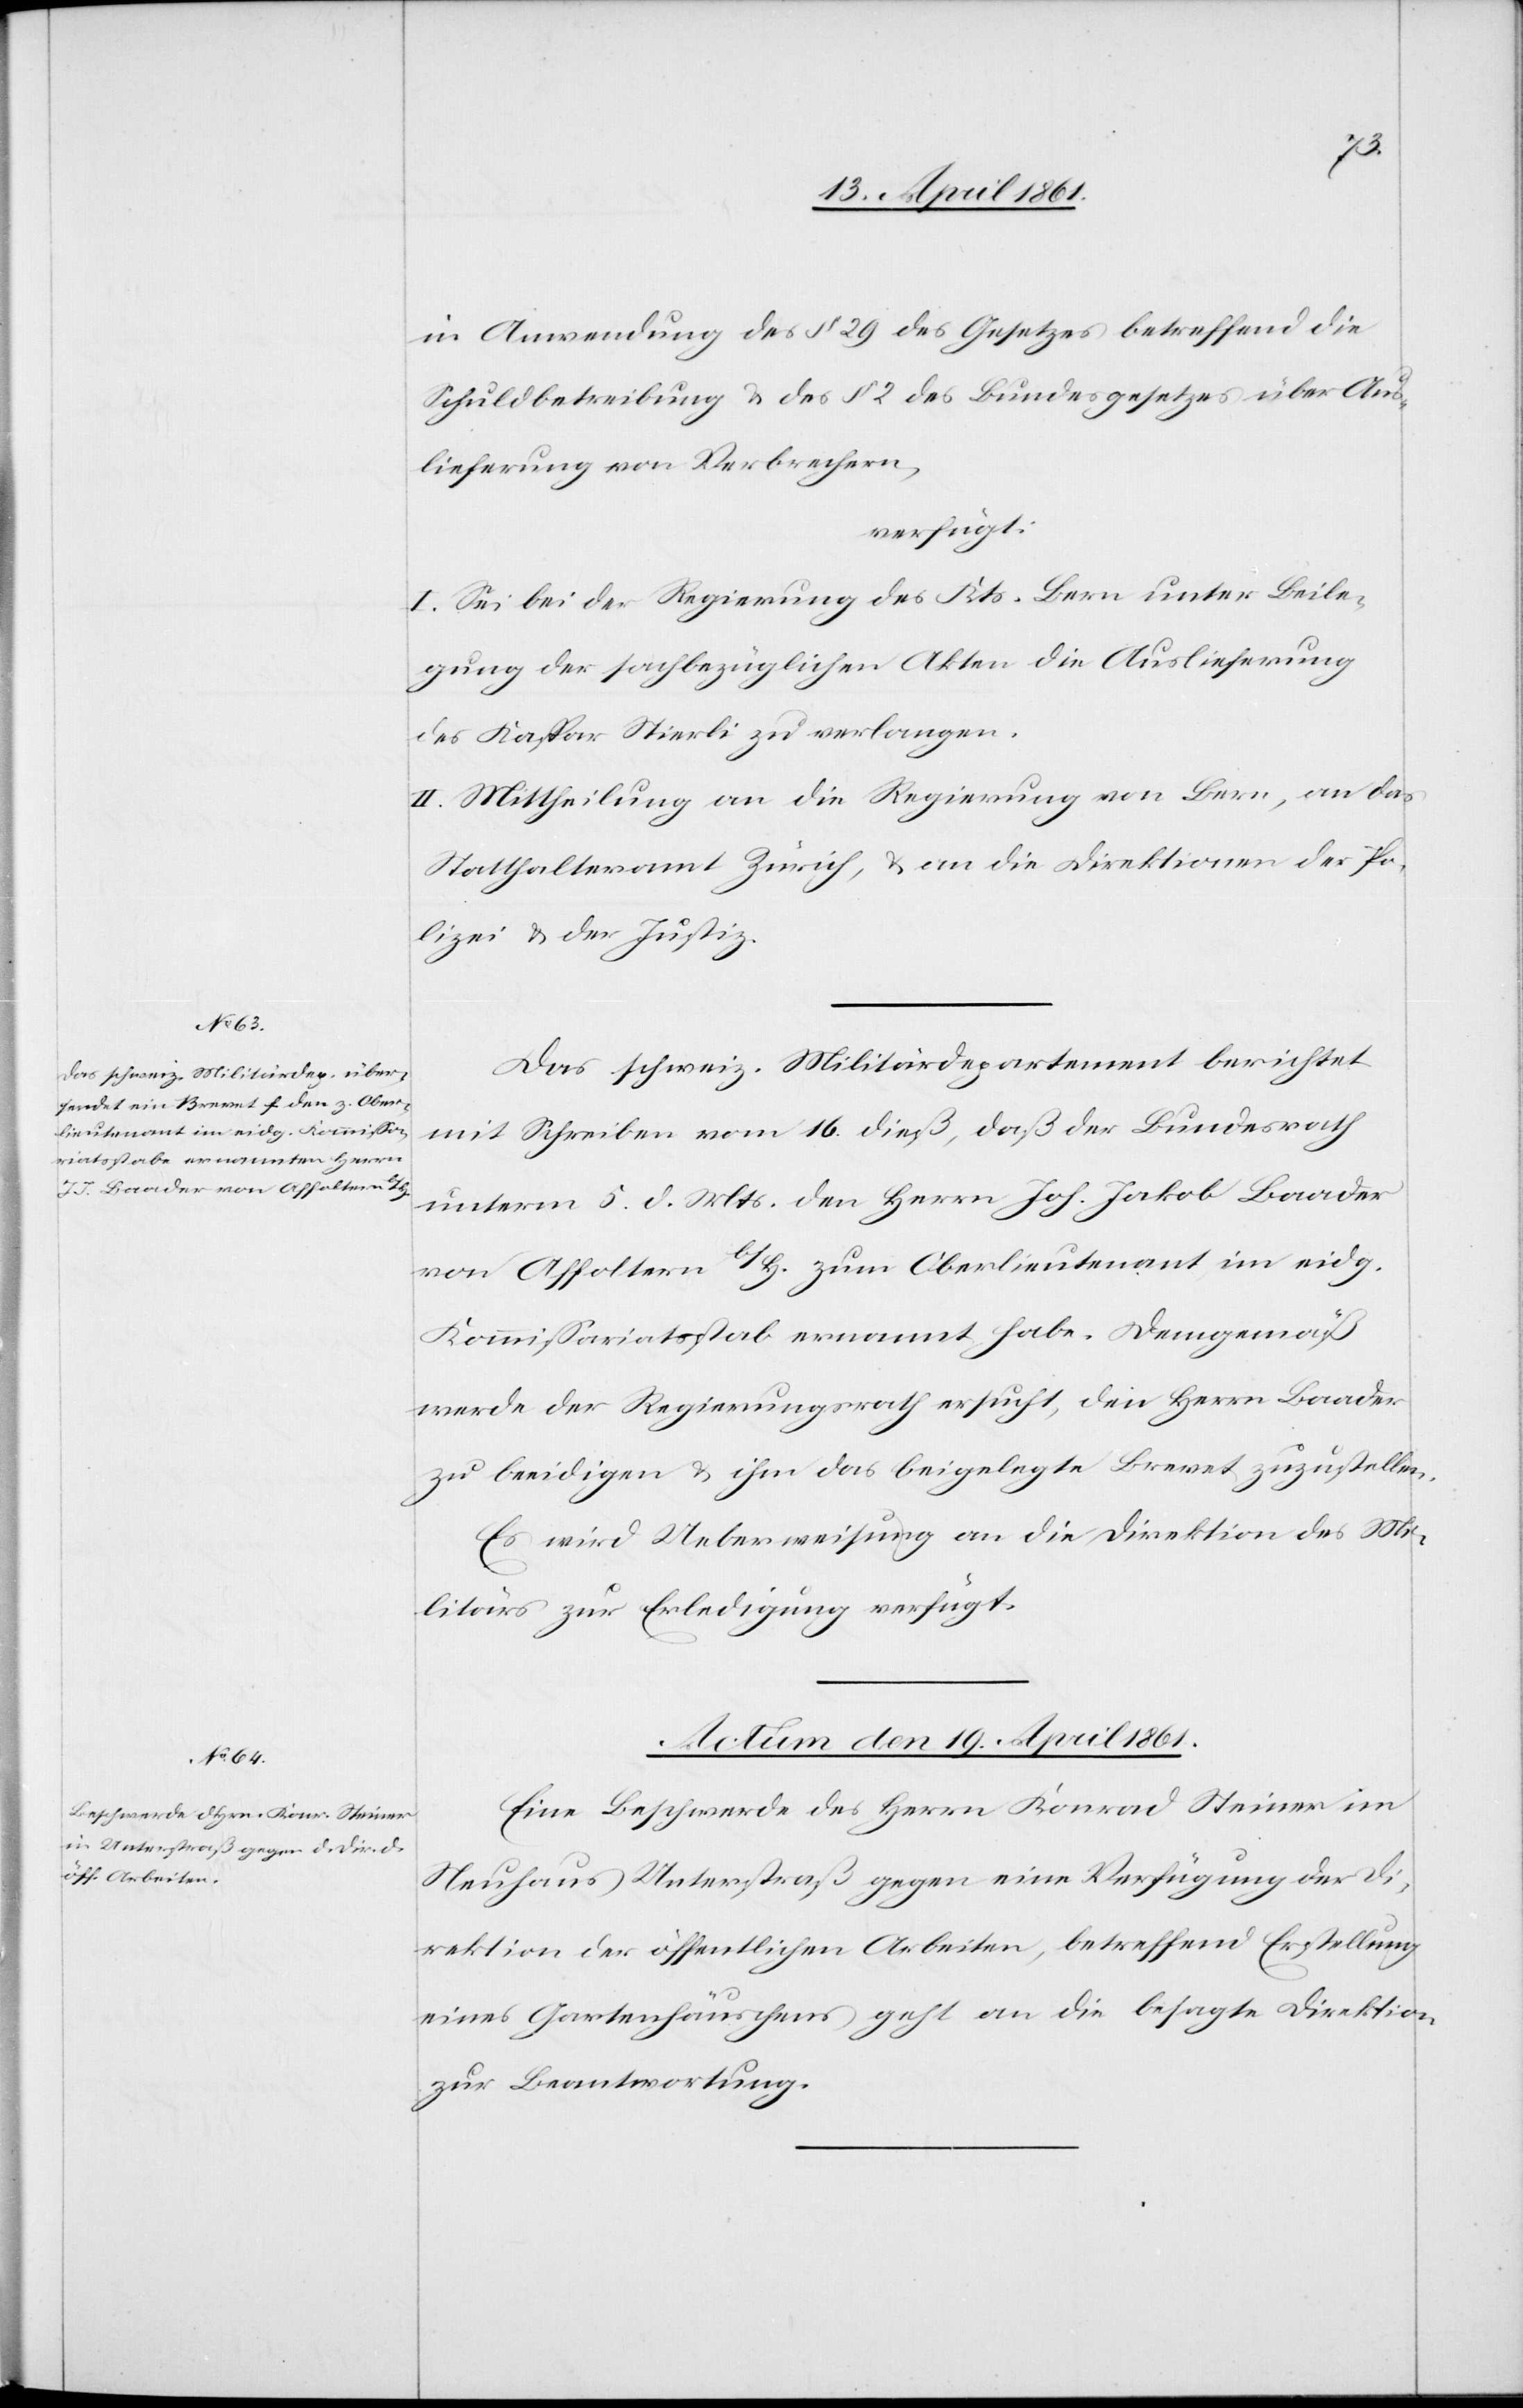
in Anwendung des § 29 des Gesetzes betreffend die
Schuldbetreibung u. des § 2 des Bundesgesetzes über Aus¬
lieferung von Verbrechern,
verfügt:
I. Sei bei der Regierung des Kts. Bern unter Beile¬
gung der sachbezüglichen Akten die Auslieferung
des Kaspar Stierli zu verlangen.
II. Mittheilung an die Regierung von Bern, an das
Statthalteramt Zürich, u. an die Direktionen der Po¬
lizei u. der Justiz.
Das schweiz. Militärdepartement berichtet
mit Schreiben vom 16. dieß, daß der Bundesrath
unterm 5. d. Mts. den Herrn Joh. Jakob Baader
von Affoltern b/H. zum Oberlieutenant im eidg.
Kommissariatsstab ernannt habe. Demgemäß
werde der Regierungsrath ersucht, den Herrn Baader
zu beeidigen u. ihm das beigelegte Brevet zuzustellen.
Es wird Ueberweisung an die Direktion des Mi¬
litärs zur Erledigung verfügt.
Actum den 19. April 1861.
Eine Beschwerde des Herrn Konrad Steiner im
Neuhaus Unterstraß gegen ein Verfügung der Di¬
rektion der öffentlichen Arbeiten, betreffend Erstellung
eines Gartenhäuschens geht an die besagte Direktion
zur Beantwortung.